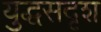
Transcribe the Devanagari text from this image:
युद्धसदृश